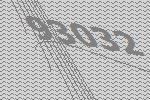
93032